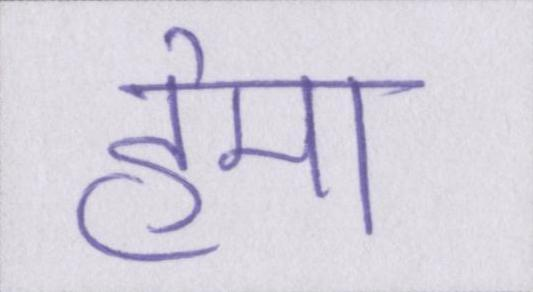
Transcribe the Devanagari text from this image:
हेमा